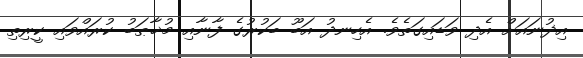
އިޛުނައަށް އެދި ވަޑައިގަތެވެ. އެހިނދު އަބޫ ބަކުރުގެ ފާނާއި މުޚާޠަބު ކުރައްވައި ކީރިތި